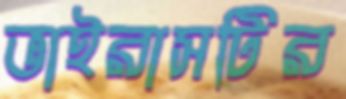
ভাইরাসটির